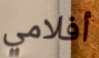
أفلامي